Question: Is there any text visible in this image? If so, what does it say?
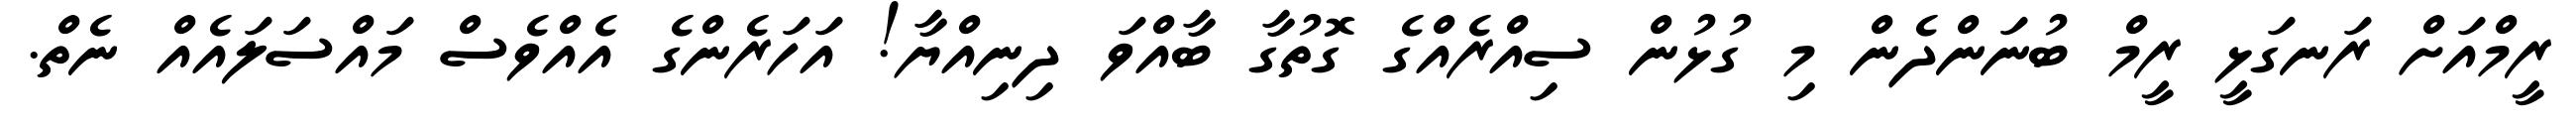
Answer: ރީމްއަށް ރަނގަޅީ ރީމް ބުނަންދެން މި ގުޅުން ސިއްރެއްގެ ގޮތުގާ ބާއްވަ ދިނިއްޔާ! އަހަރެންގެ އެއްވެސް މައްސަލައެއް ނެތް.